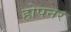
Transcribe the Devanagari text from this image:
होपनर